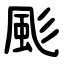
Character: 颩